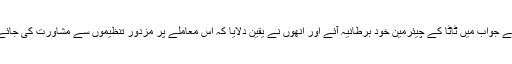
اس کے جواب میں ٹاٹا کے چیئرمین خود برطانیہ آئے اور انھوں نے یقین دلایا کہ اس معاملے پر مزدور تنظیموں سے مشاورت کی جائے گی۔